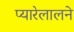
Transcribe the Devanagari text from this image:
प्यारेलालने